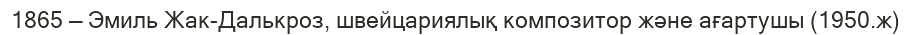
1865 — Эмиль Жак-Далькроз, швейцариялық композитор және ағартушы (1950.ж)